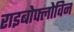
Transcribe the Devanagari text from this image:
राइबोफ्लोविन